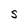
Character: S